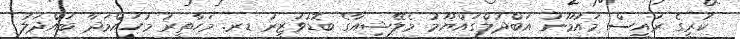
ކުރީގެ ރައީސް މައުމޫނު އަބްދުލްގައްޔޫމު މެލޭޝިއާގެ ބޮޑުވަޒީރު ޑރ. މަހާތީރު މުހައްމަދާ ބައްދަލު